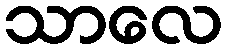
သာလေ